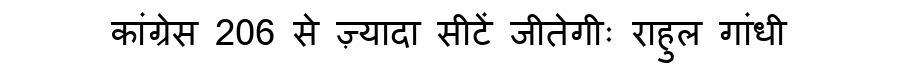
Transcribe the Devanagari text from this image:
कांग्रेस 206 से ज़्यादा सीटें जीतेगीः राहुल गांधी